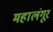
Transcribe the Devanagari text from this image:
महालंगूर